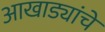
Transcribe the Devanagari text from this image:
आखाड्यांचे